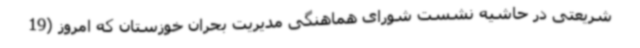
شریعتی در حاشیه نشست شورای هماهنگی مدیریت بحران خوزستان که امروز (19